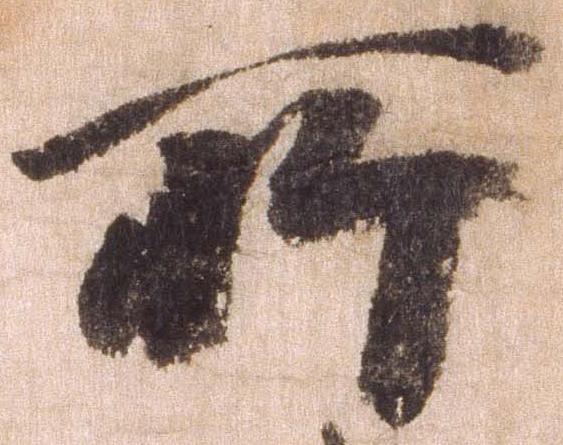
所